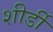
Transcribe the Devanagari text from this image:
शीर्डी